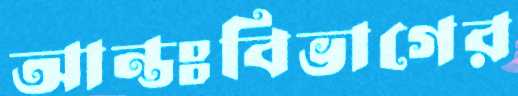
আন্তঃবিভাগের